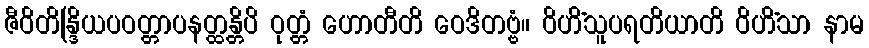
ဇီဝိတိန္ဒြိယပဝတ္တာပနတ္ထန္တိပိ ဝုတ္တံ ဟောတီတိ ဝေဒိတဗ္ဗံ။ ဝိဟိံသူပရတိယာတိ ဝိဟိံသာ နာမ